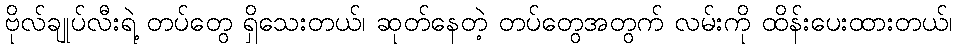
ဗိုလ်ချုပ်လီးရဲ့ တပ်တွေ ရှိသေးတယ်၊ ဆုတ်နေတဲ့ တပ်တွေအတွက် လမ်းကို ထိန်းပေးထားတယ်၊